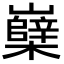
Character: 𡾹